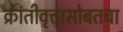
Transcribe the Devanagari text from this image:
क्रांतीवृत्तासोबतचा